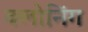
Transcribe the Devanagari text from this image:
क्‍लोनिंग